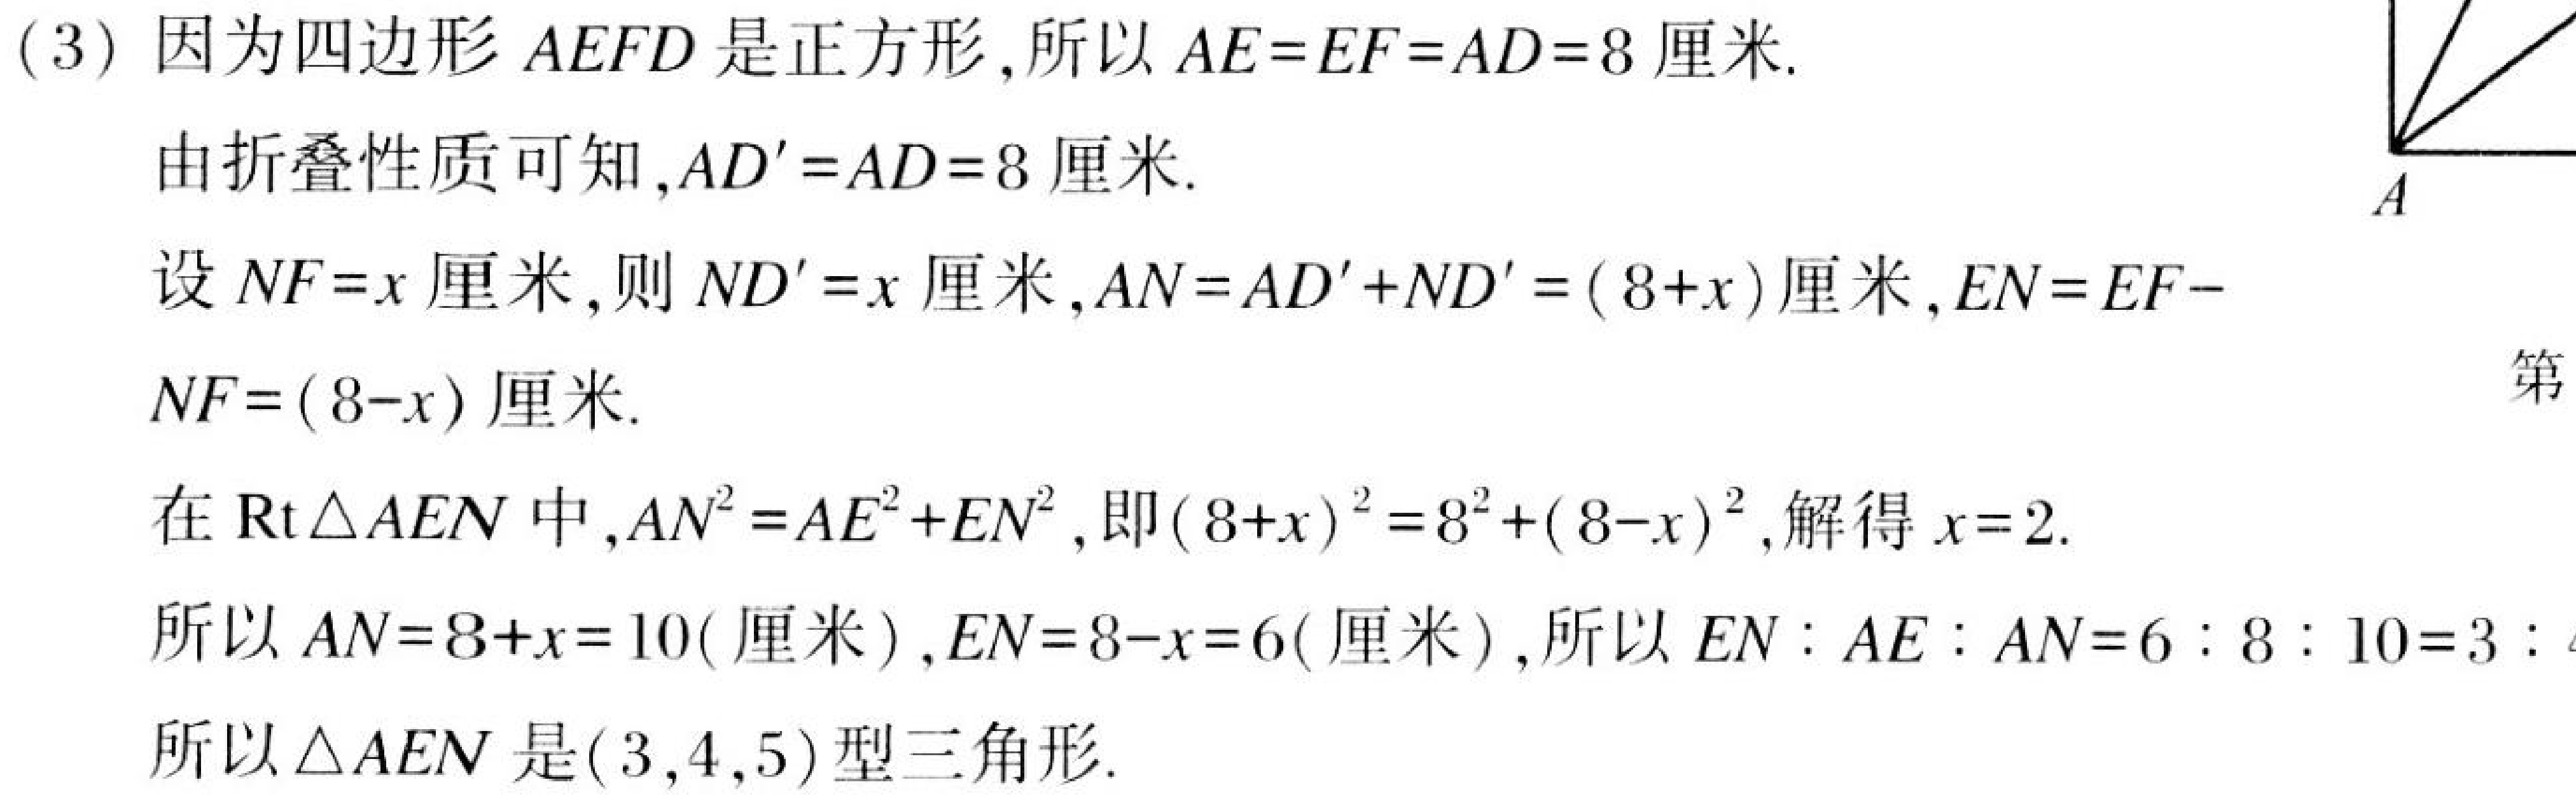
(3) 因为四边形 \(AEFD\) 是正方形,所以 \(AE = EF = AD = 8\) 厘米.
由折叠性质可知,\(AD'=AD = 8\) 厘米.
设 \(NF = x\) 厘米,则 \(ND'=x\) 厘米,\(AN=AD'+ND'=(8 + x)\) 厘米,\(EN=EF - NF=(8 - x)\) 厘米.
在 \(\text{Rt}\triangle AEN\) 中,\(AN^{2}=AE^{2}+EN^{2}\),即 \((8 + x)^{2}=8^{2}+(8 - x)^{2}\),解得 \(x = 2\).
所以 \(AN=8 + x = 10\)( 厘米 ),\(EN=8 - x = 6\)( 厘米 ),所以 \(EN:AE:AN = 6:8:10 = 3:4:5\)
所以 \(\triangle AEN\) 是\((3,4,5)\)型三角形.